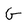
Character: G